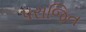
પરાજિત